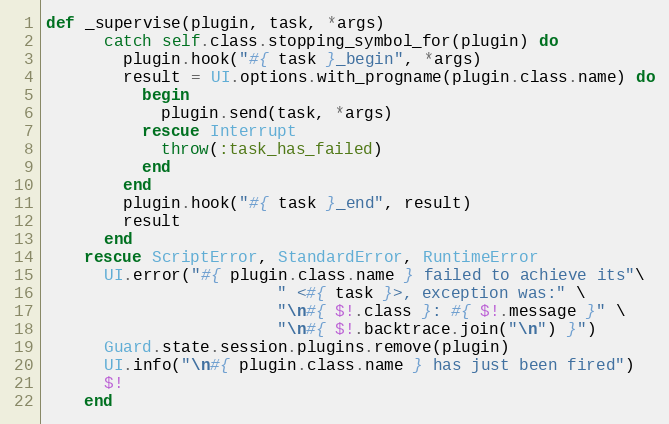
Language: Ruby
def _supervise(plugin, task, *args)
      catch self.class.stopping_symbol_for(plugin) do
        plugin.hook("#{ task }_begin", *args)
        result = UI.options.with_progname(plugin.class.name) do
          begin
            plugin.send(task, *args)
          rescue Interrupt
            throw(:task_has_failed)
          end
        end
        plugin.hook("#{ task }_end", result)
        result
      end
    rescue ScriptError, StandardError, RuntimeError
      UI.error("#{ plugin.class.name } failed to achieve its"\
                        " <#{ task }>, exception was:" \
                        "\n#{ $!.class }: #{ $!.message }" \
                        "\n#{ $!.backtrace.join("\n") }")
      Guard.state.session.plugins.remove(plugin)
      UI.info("\n#{ plugin.class.name } has just been fired")
      $!
    end